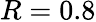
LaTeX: R=0.8